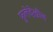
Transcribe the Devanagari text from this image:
फुलेदेखील